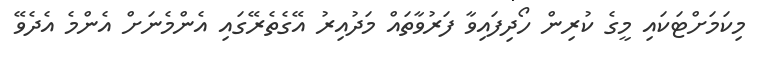
މިކަމަށްޓަކައި މީގެ ކުރިން ހޯދިފައިވާ ފަރުވާތައް މަދުއިރު އޭގެތެރޭގައި އެންމެނަށް އެންމެ އެދެވޭ